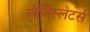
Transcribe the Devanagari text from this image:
लेजिस्लेटर्स